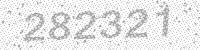
Solution: 282321